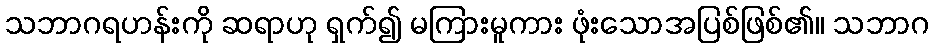
သဘာဂရဟန်းကို ဆရာဟု ရှက်၍ မကြားမူကား ဖုံးသောအပြစ်ဖြစ်၏။ သဘာဂ